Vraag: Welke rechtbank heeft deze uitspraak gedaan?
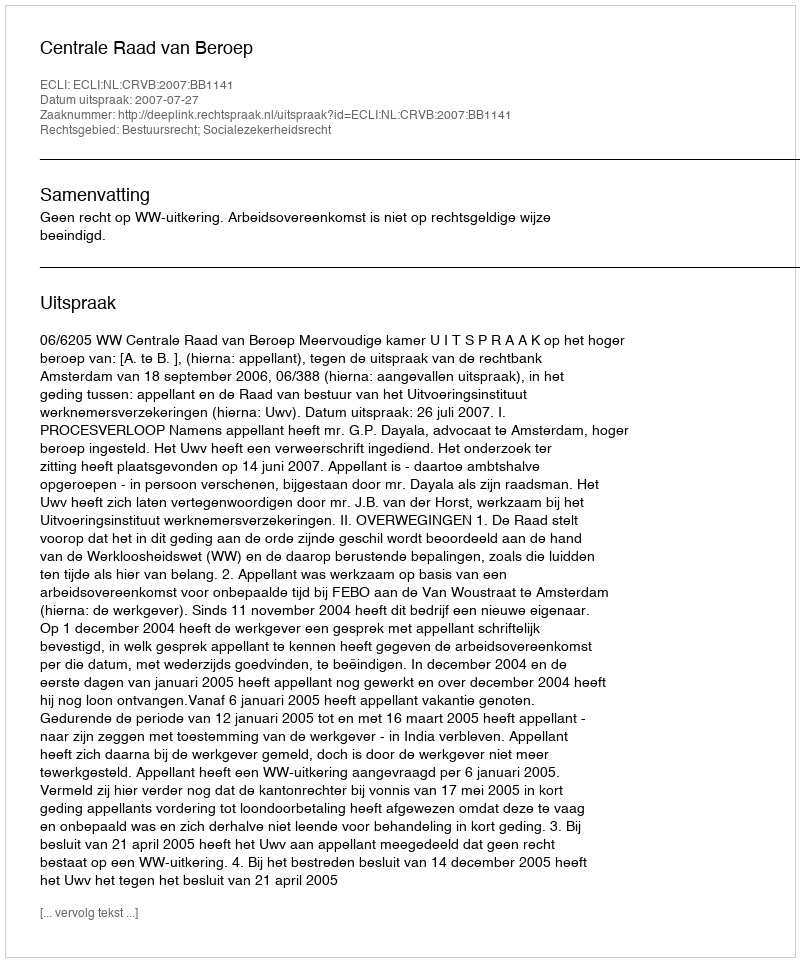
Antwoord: Centrale Raad van Beroep